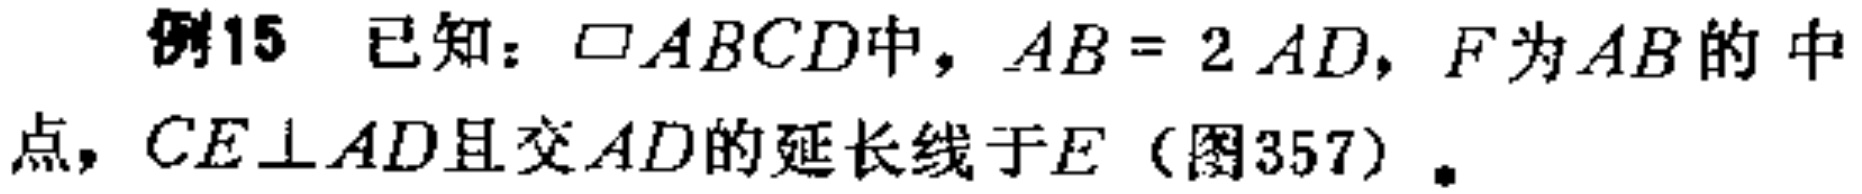
例15 已知：$\square ABCD$中，$AB = 2AD$，$F$为$AB$的中点，$CE\perp AD$且交$AD$的延长线于$E$（图357）.